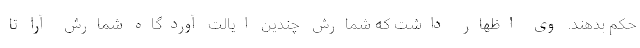
حکم بدهند. وی اظهار داشت که شمارش چندین ایالت آوردگاه شمارش آرا تا